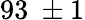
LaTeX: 93~\pm 1